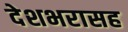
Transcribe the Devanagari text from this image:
देशभरासह